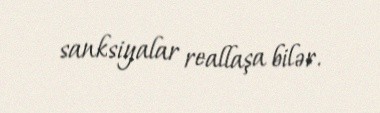
sanksiyalar reallaşa bilər.